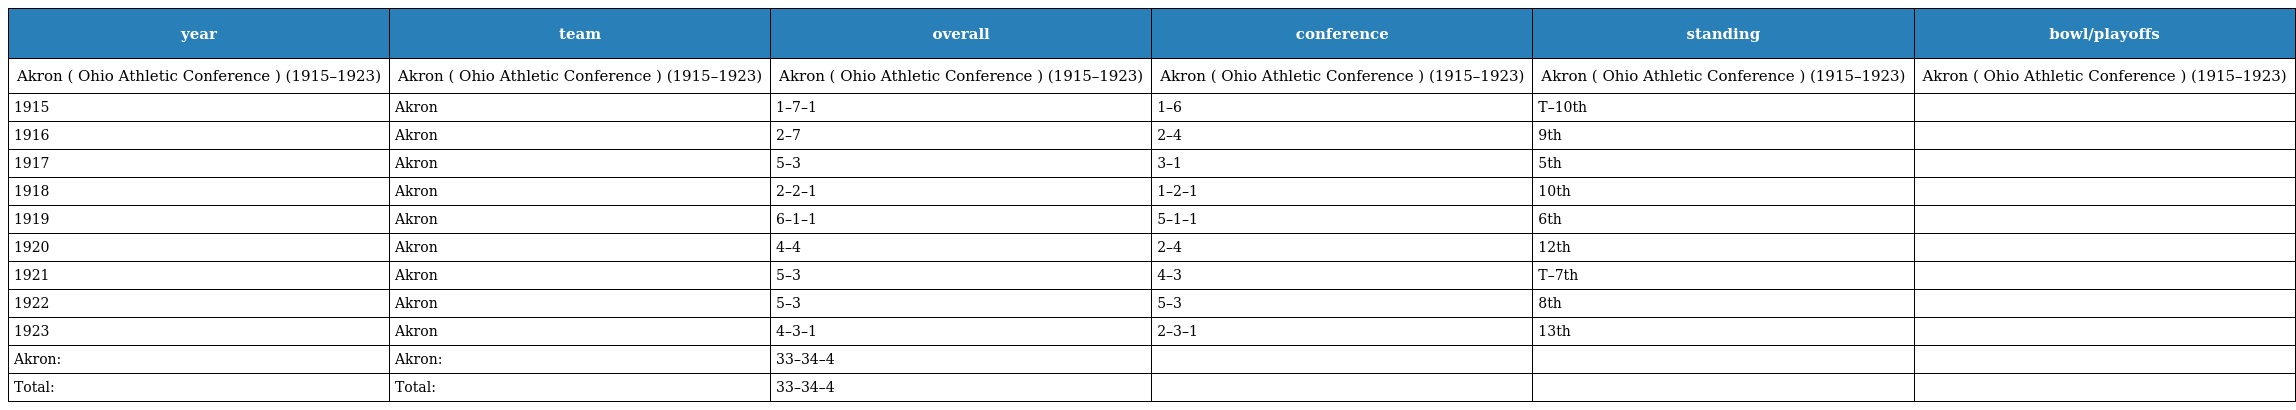
| year | team | overall | conference | standing | bowl/playoffs |
 | --- | --- | --- | --- | --- | --- |
 | Akron ( Ohio Athletic Conference ) (1915–1923) | Akron ( Ohio Athletic Conference ) (1915–1923) | Akron ( Ohio Athletic Conference ) (1915–1923) | Akron ( Ohio Athletic Conference ) (1915–1923) | Akron ( Ohio Athletic Conference ) (1915–1923) | Akron ( Ohio Athletic Conference ) (1915–1923) |
 | 1915 | Akron | 1–7–1 | 1–6 | T–10th |  |
 | 1916 | Akron | 2–7 | 2–4 | 9th |  |
 | 1917 | Akron | 5–3 | 3–1 | 5th |  |
 | 1918 | Akron | 2–2–1 | 1–2–1 | 10th |  |
 | 1919 | Akron | 6–1–1 | 5–1–1 | 6th |  |
 | 1920 | Akron | 4–4 | 2–4 | 12th |  |
 | 1921 | Akron | 5–3 | 4–3 | T–7th |  |
 | 1922 | Akron | 5–3 | 5–3 | 8th |  |
 | 1923 | Akron | 4–3–1 | 2–3–1 | 13th |  |
 | Akron: | Akron: | 33–34–4 |  |  |  |
 | Total: | Total: | 33–34–4 |  |  |  |